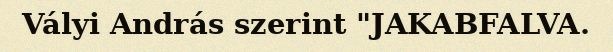
Vályi András szerint "JAKABFALVA.